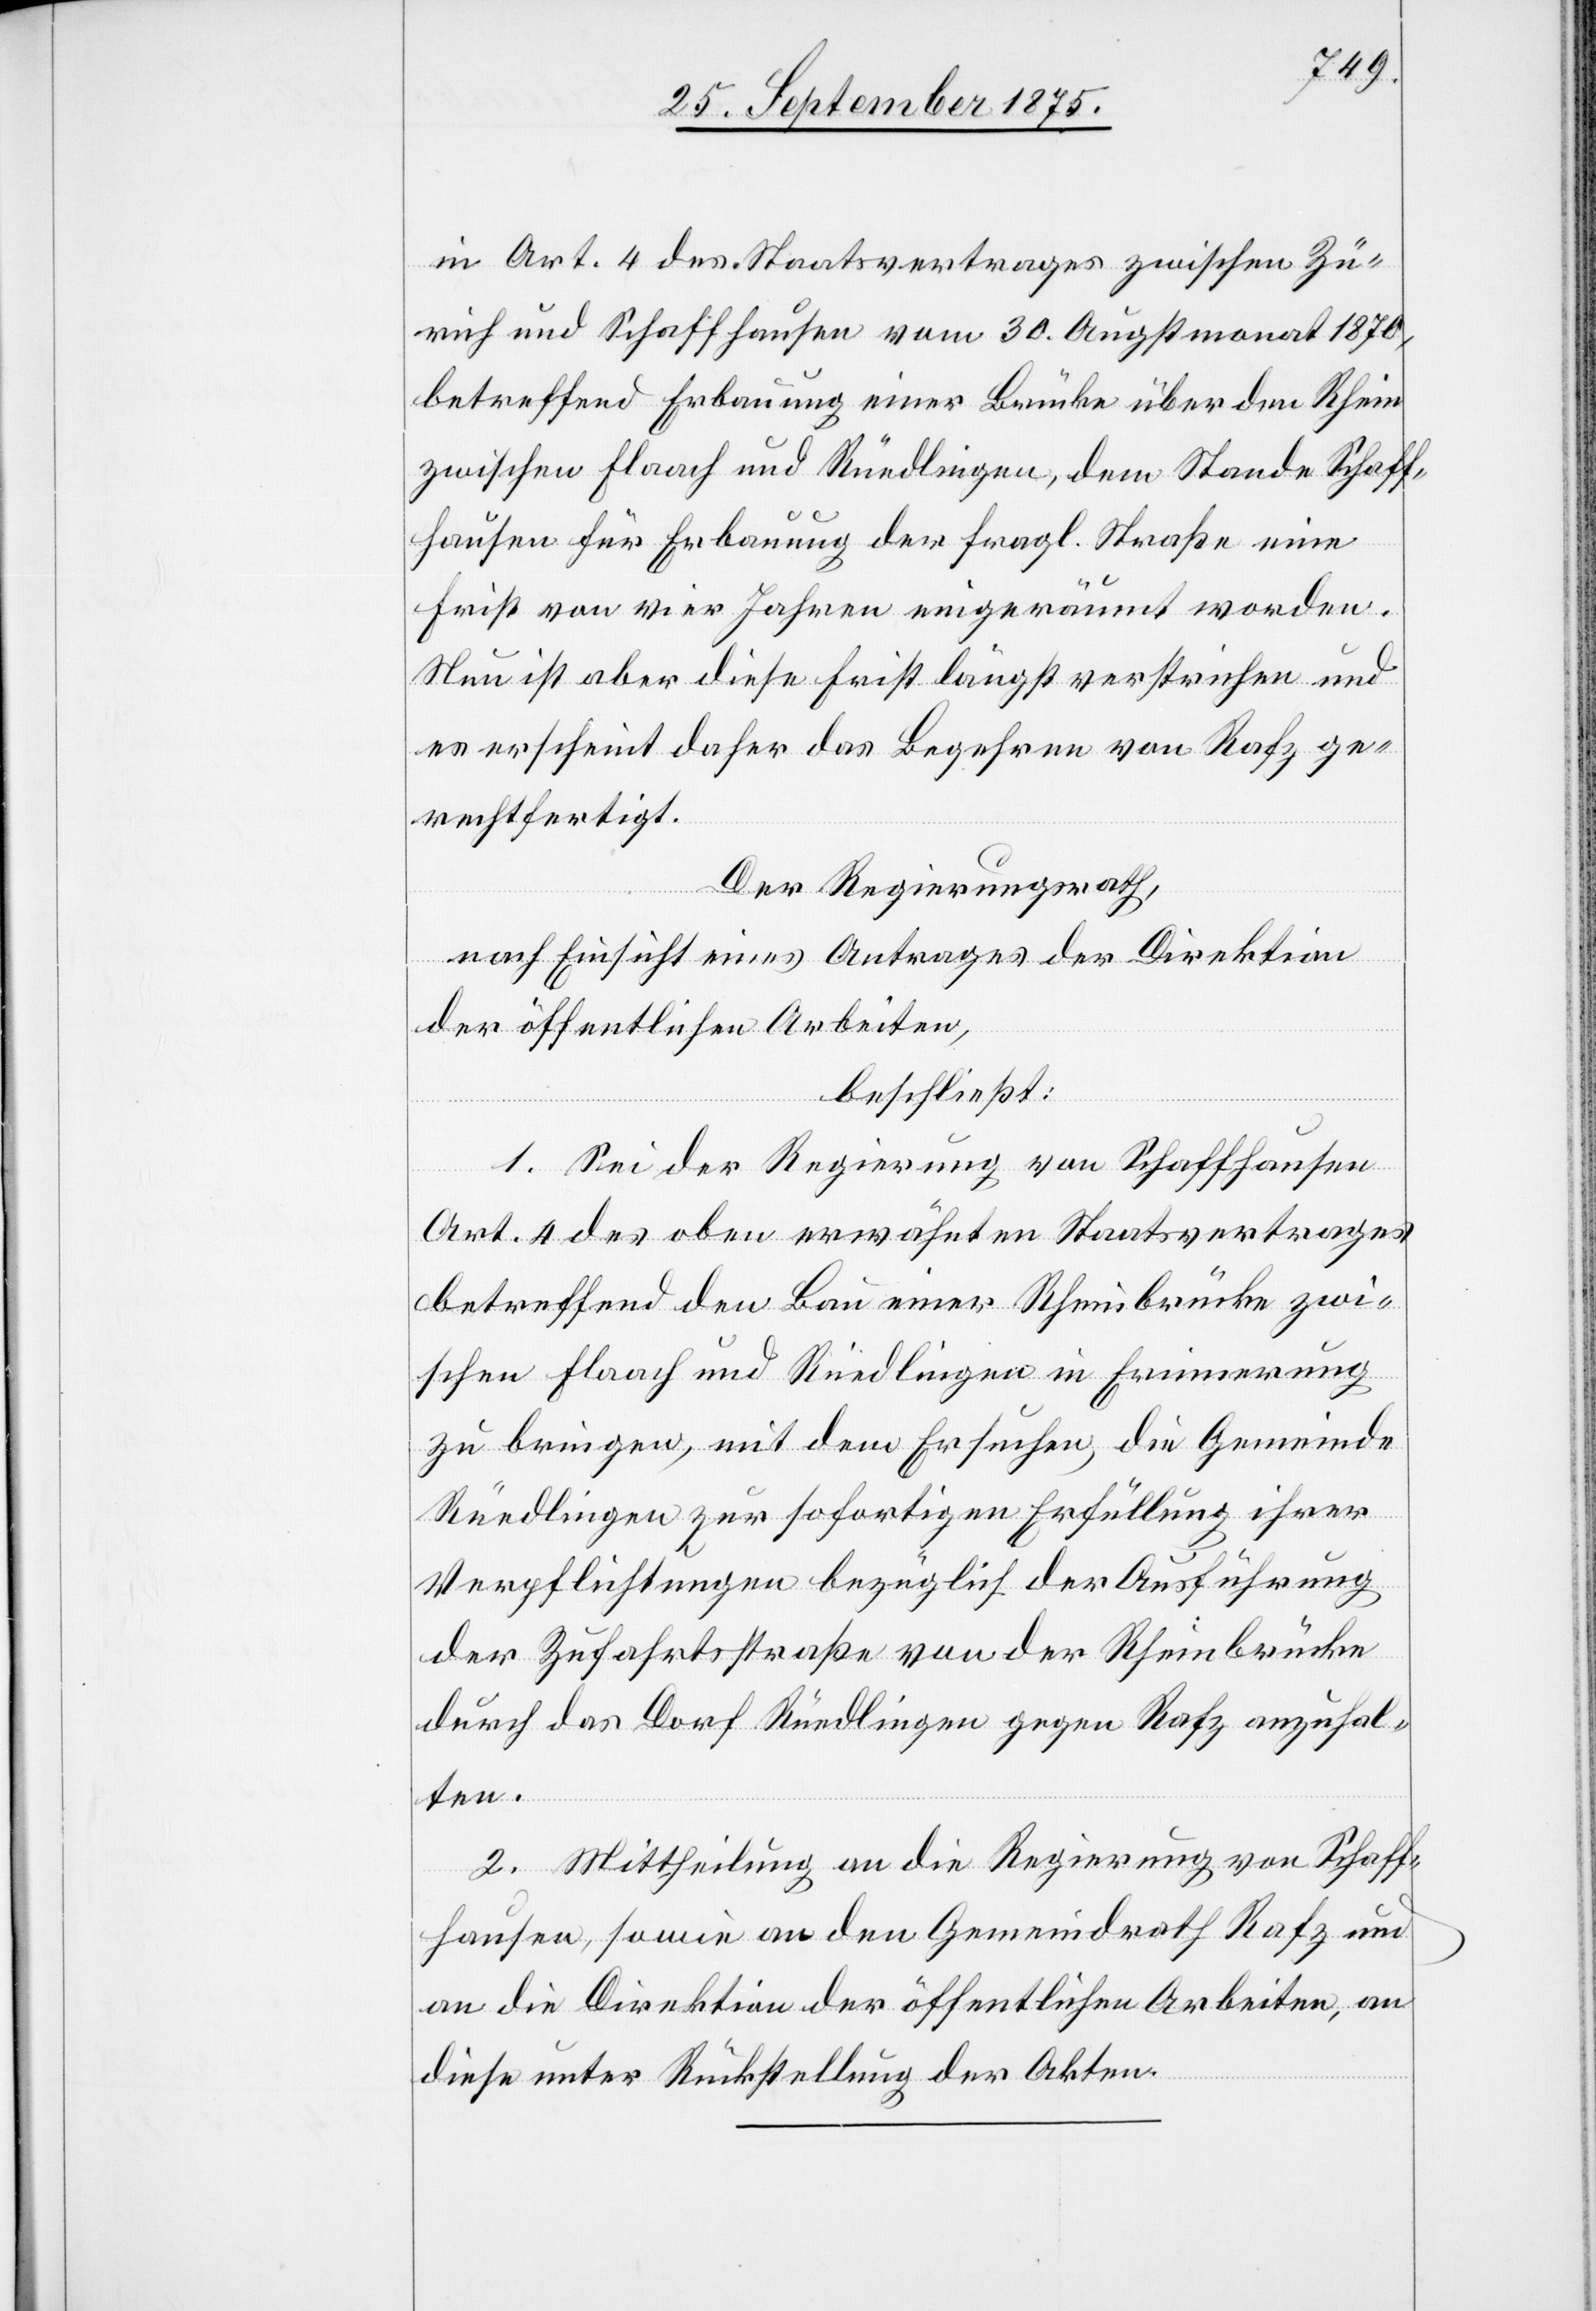
in Art. 4 des Staatsvertrages zwischen Zü¬
rich und Schaffhausen vom 30. Augstmonat 1870,
betreffend Erbauung einer Brücke über den Rhein
zwischen Flaach und Rüedlingen, dem Stande Schaff¬
hausen für Erbauung der fragl. Straße eine
Frist von vier Jahren eingeräumt worden.
Nun ist aber diese Frist längst verstrichen und
es erscheint daher das Begehren von Rafz ge¬
rechtfertigt.
Der Regierungsrath,
nach Einsicht eines Antrages der Direktion
der öffentlichen Arbeiten,
beschließt:
1. Sei der Regierung von Schaffhausen
Art. 4 des oben erwähnten Staatsvertrages
betreffend den Bau einer Rheinbrücke zwi¬
schen Flaach und Rüedlingen in Erinnerung
zu bringen, mit dem Ersuchen, die Gemeinde
Rüedlingen zur sofortigen Erfüllung ihrer
Verpflichtungen bezüglich der Ausführung
der Zufahrtsstraße von der Rheinbrücke
durch das Dorf Rüedlingen gegen Rafz anzuhal¬
ten.
2. Mittheilung an die Regierung von Schaff¬
hausen, sowie an den Gemeindrath Rafz und
an die Direktion der öffentlichen Arbeiten, an
diese unter Rückstellung der Akten.